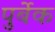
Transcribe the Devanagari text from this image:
पुर्बेक